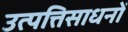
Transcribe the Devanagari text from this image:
उत्पत्तिसाधनों